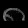
Digit: ၈